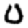
Digit: 0